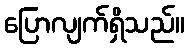
ပြောလျက်ရှိသည်။